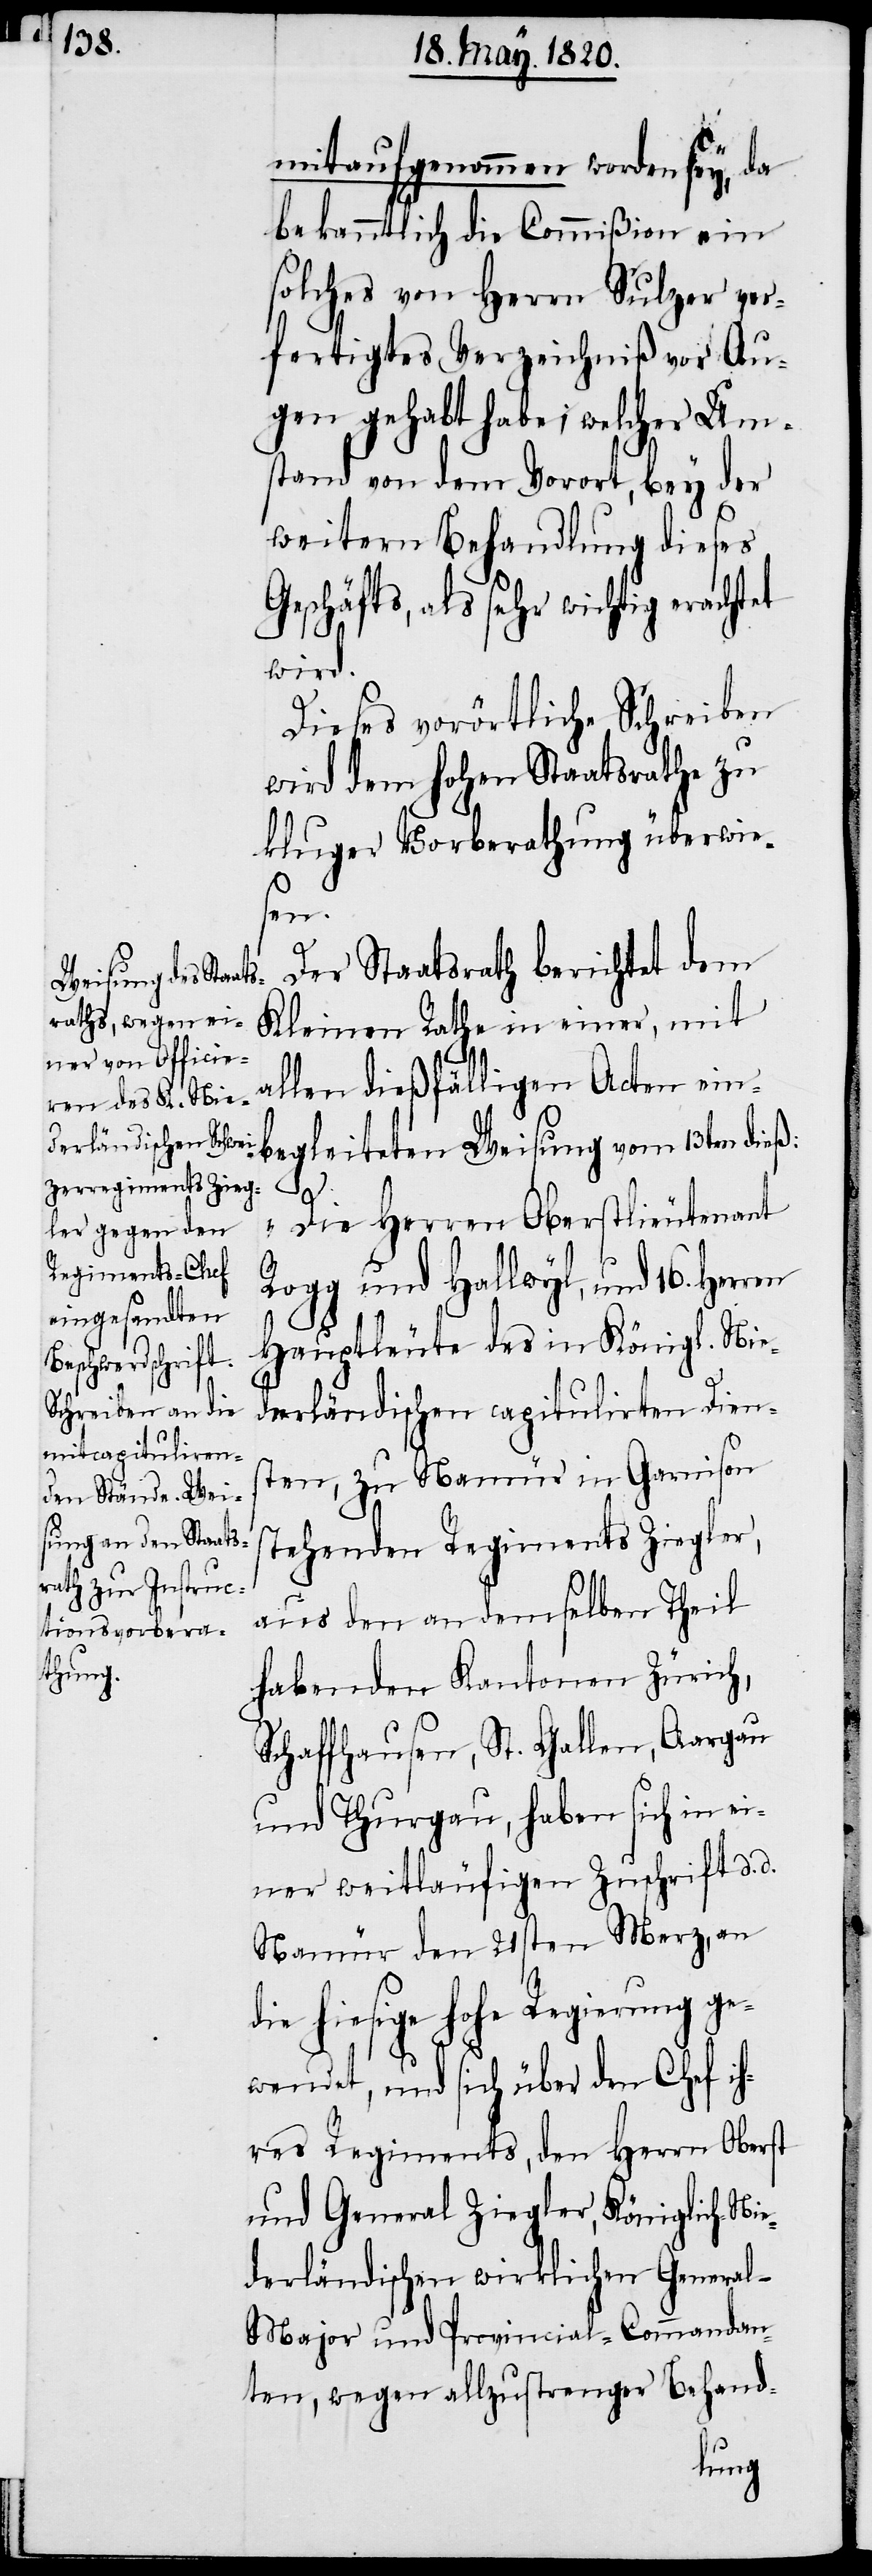
mitaufgenommen worden sey, da
bekanntlich die Commißion ein
solches von Herrn Sulzer ver¬
fertigtes Verzeichniß vor Au¬
gen gehabt habe; welcher Um¬
stand von dem Vorort, bey der
weitern Behandlung dieses
Geschäfts, als sehr wichtig erachtet
wird.
Dieses vorörtliche Schreiben
wird dem Hohen Staatsrathe zu
kluger Vorberathung überwie¬
ren
Der Staatsrath berichtet dem
Kleinen Rathe in einer, mit
allen dießfälligen Acten ein¬
begleiteten Weisung vom 13ten dieß:
d¬
„Die Herren Oberstlieutenant
Rogg und Hallwyl und 16. Her¬
Hauptleute des in Königl. Nie¬
derländischen capitulirten Diens¬
ten, zu Namür in Garnison
stehenden Regiments Ziegler,
aus den an demselben Theil
habenden Kantonen Zürich,
Schaffhausen, St. Gallen, Aargau
und Thurgau, haben sich in ei¬
ner weitläufigen Zuschrift d.
Namür den 21sten Merz, an
ie hiesige hohe Regierung ge¬
wendet, und sich über den Chef ih¬
res Regiments, den Herrn Oberst
und General Ziegler, Königlich-Nie¬
derländischen wirklichen Genera¬
l-Major und Provincial-Commandan¬
ten, wegen allzustrenger Behan-